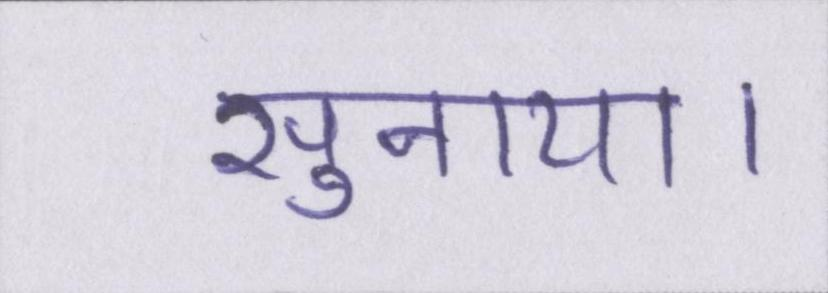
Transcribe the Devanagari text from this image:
सुनाया।